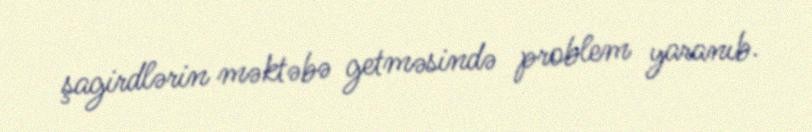
şagirdlərin məktəbə getməsində problem yaranıb.